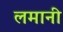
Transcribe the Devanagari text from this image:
लमानी